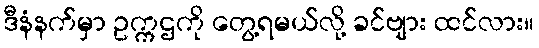
ဒီနံနက်မှာ ဥက္ကဌကို တွေ့ရမယ်လို့ ခင်ဗျား ထင်လား။